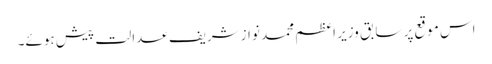
اس موقع پر سابق وزیر اعظم محمد نوازشریف عدالت پیش ہوئے۔